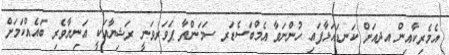
އެމެރިކާއިން އދއަށް ކަނޑައަޅާފައި ހުންނަވާ އެމްބަސެޑަރ ސަމަންތާ ޕަވަރވަނީ ރަޝިޔާއަކީ އަނިޔާވެރި ބައެއްކަމަށް